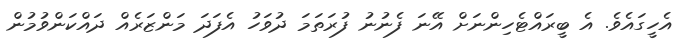
އެހީގައެވެ. އެ ބީރައްޓެހިންނަށް އޭނަ ފެނުނު ފުރަތަމަ ދުވަހު އެފަދަ މަންޒަރެއް ދައްކަންވުމުން